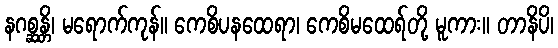
နဂစ္ဆန္တိ၊ မရောက်ကုန်။ ကေစိပနထေရာ၊ ကေစိမထေရ်တို့ မူကား။ တာနိပိ၊